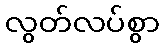
လွတ်လပ်စွာ